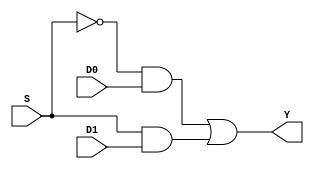
`timescale 1ns / 1ps
//////////////////////////////////////////////////////////////////////////////////
// Company: 
// 
// Design Name: 	
// Module Name:    MUX21 
// Project Name: 
// Target Devices: 
// Tool versions: 
// Description: 
//
// Dependencies: 
//
// Revision: 
// Revision 0.01 - File Created
// Additional Comments: 
//
//////////////////////////////////////////////////////////////////////////////////
module MUX21(D0, D1, S, Y);

input S; //select line
input [31:0] D0, D1;

output [31:0] Y;

assign Y = (!S & D0) | (S & D1);


endmodule